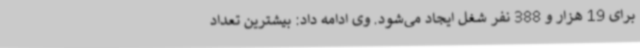
برای 19 هزار و 388 نفر شغل ایجاد می‌شود. وی ادامه داد: بیشترین تعداد